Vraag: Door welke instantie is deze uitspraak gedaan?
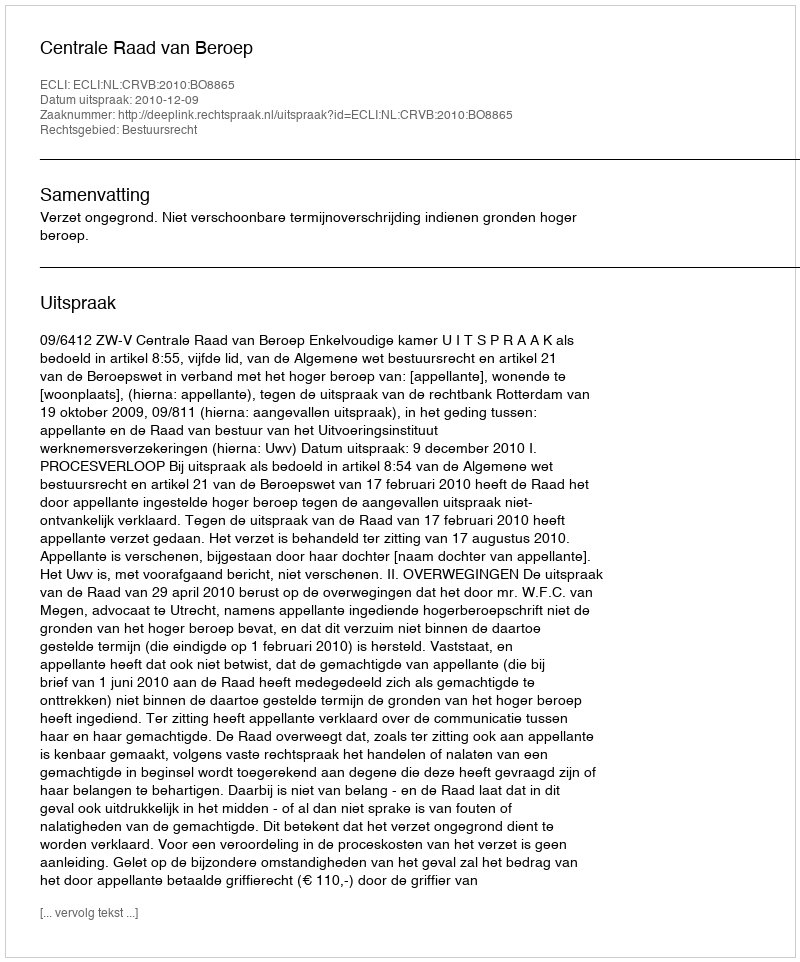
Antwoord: Centrale Raad van Beroep